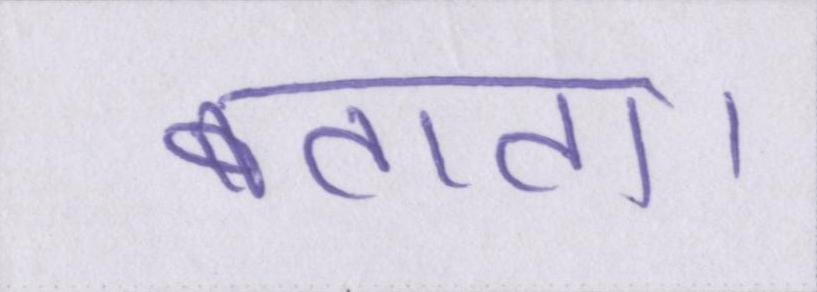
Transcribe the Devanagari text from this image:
बताता।